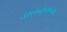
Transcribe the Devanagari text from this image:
नालकुंकुमा